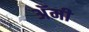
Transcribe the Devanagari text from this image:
अॅमी